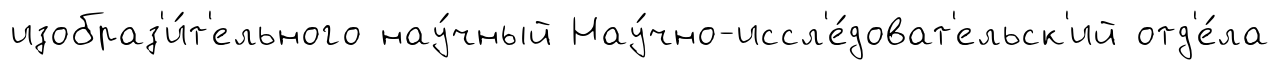
изобраз'и́т'ельного нау́чный Нау́чно-иссл'е́доват'ельск'ий отд'е́ла